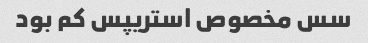
سس مخصوص استریپس کم بود